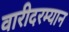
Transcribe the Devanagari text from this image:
वारीदरम्यान